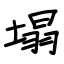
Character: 塌